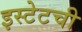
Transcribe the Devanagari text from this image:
इस्टेटची